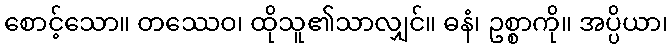
စောင့်သော။ တဿေဝ၊ ထိုသူ၏သာလျှင်။ ဓနံ၊ ဥစ္စာကို။ အပ္ပိယာ၊